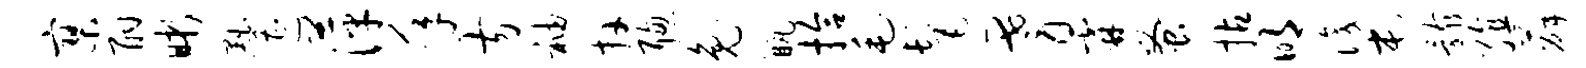
寥酣晰黜遭萍年方袖卉聪兔瓶拾毛髦耆霖蚤拈明识屯骸殖薛